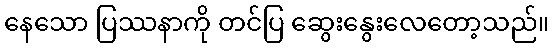
နေသော ပြဿနာကို တင်ပြ ဆွေးနွေးလေတော့သည်။